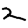
Digit: 2